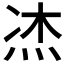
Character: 𤈀